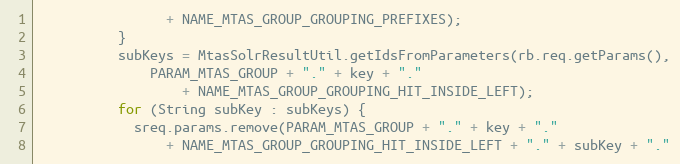
Language: Java
                + NAME_MTAS_GROUP_GROUPING_PREFIXES);
          }
          subKeys = MtasSolrResultUtil.getIdsFromParameters(rb.req.getParams(),
              PARAM_MTAS_GROUP + "." + key + "."
                  + NAME_MTAS_GROUP_GROUPING_HIT_INSIDE_LEFT);
          for (String subKey : subKeys) {
            sreq.params.remove(PARAM_MTAS_GROUP + "." + key + "."
                + NAME_MTAS_GROUP_GROUPING_HIT_INSIDE_LEFT + "." + subKey + "."